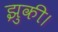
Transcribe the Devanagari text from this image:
झुकी।